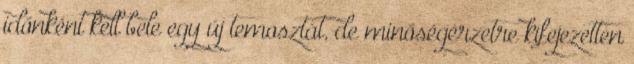
időnként kell bele egy új temosztát, de minőségérzetre kifejezetten